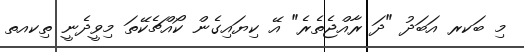
މި ބަކރ އަބަދު "ދަ ރާއްޖެތެރެ" އޭ ކިޔައިގެން ކޯއްޗެކޭތަ މިވީދެނީ ތިކއތ